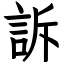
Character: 訴